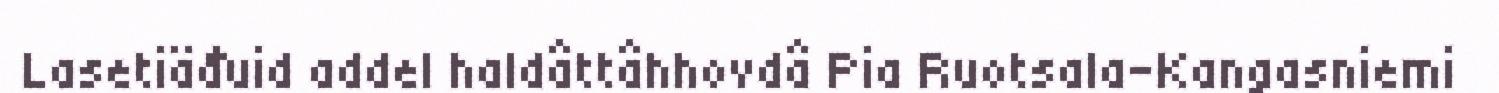
Lasetiäđuid addel haldâttâhhovdâ Pia Ruotsala-Kangasniemi